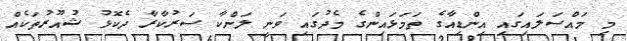
މި މައްސަލައިގައި އިންޑިއާގެ ތަމަޅައިންގެ މެދުގައި ވަނީ ލަންކާ ސަރުކާރާ ދެކޮޅު ޝުއޫރުތަކެއް